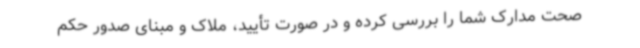
صحت مدارک شما را بررسی کرده و در صورت تأیید، ملاک و مبنای صدور حکم